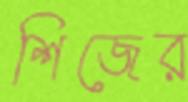
শিজের